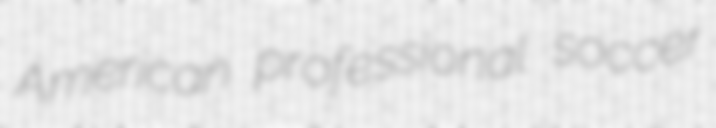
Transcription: American professional soccer